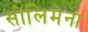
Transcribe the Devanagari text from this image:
सोलिमेना